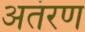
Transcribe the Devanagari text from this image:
अतंरण